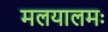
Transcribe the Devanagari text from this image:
मलयालमः